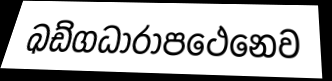
ඛඩ්ගධාරාපථෙනෙව